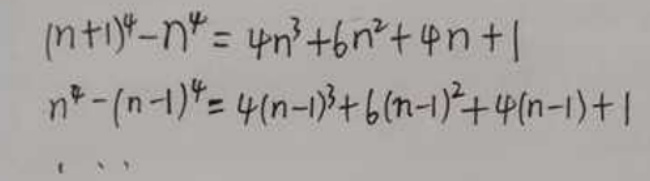
\begin{align*}
(n + 1)^4 - n^4&=4n^3+6n^2 + 4n+1\\
n^4-(n - 1)^4&=4(n - 1)^3+6(n - 1)^2+4(n - 1)+1
\end{align*}